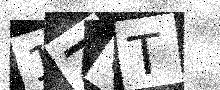
Text: 1ZOT